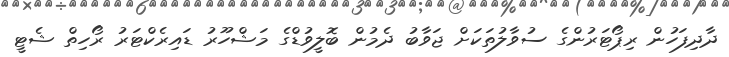
ދާދިފަހުން ރިޕޯޓަރުންގެ ސުވާލުތަކަށް ޖަވާބު ދެމުން ބޮލީވުޑްގެ މަޝްހޫރު ޑައިރެކްޓަރު ރޯހިތް ޝެޓީ